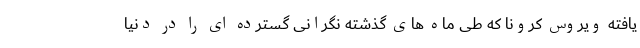
یافته ویروس کرونا که طی ماه های گذشته نگرانی گسترده ای را در دنیا